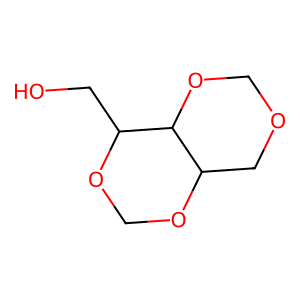
SMILES: OCC1OCOC2COCOC12
Inhibits HIV replication: No